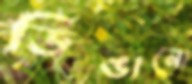
ডিঙানো